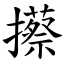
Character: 攃